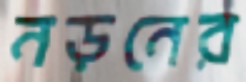
নড়নের